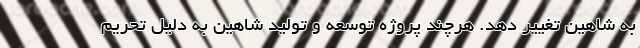
به شاهین تغییر دهد. هرچند پروژه توسعه و تولید شاهین به دلیل تحریم